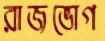
রাজভোগ